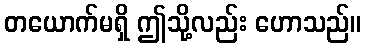
တယောက်မရှိ ဤသို့လည်း ဟောသည်။